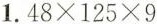
1.$$48\times125\times9$$